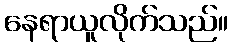
နေရာယူလိုက်သည်။